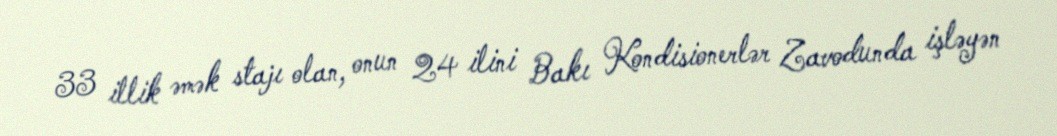
33 illik əmək stajı olan, onun 24 ilini Bakı Kondisionerlər Zavodunda işləyən